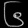
Digit: ၆